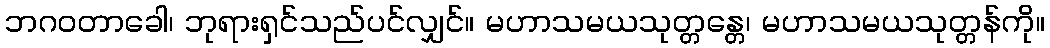
ဘဂဝတာခေါ၊ ဘုရားရှင်သည်ပင်လျှင်။ မဟာသမယသုတ္တန္တေ၊ မဟာသမယသုတ္တန်ကို။